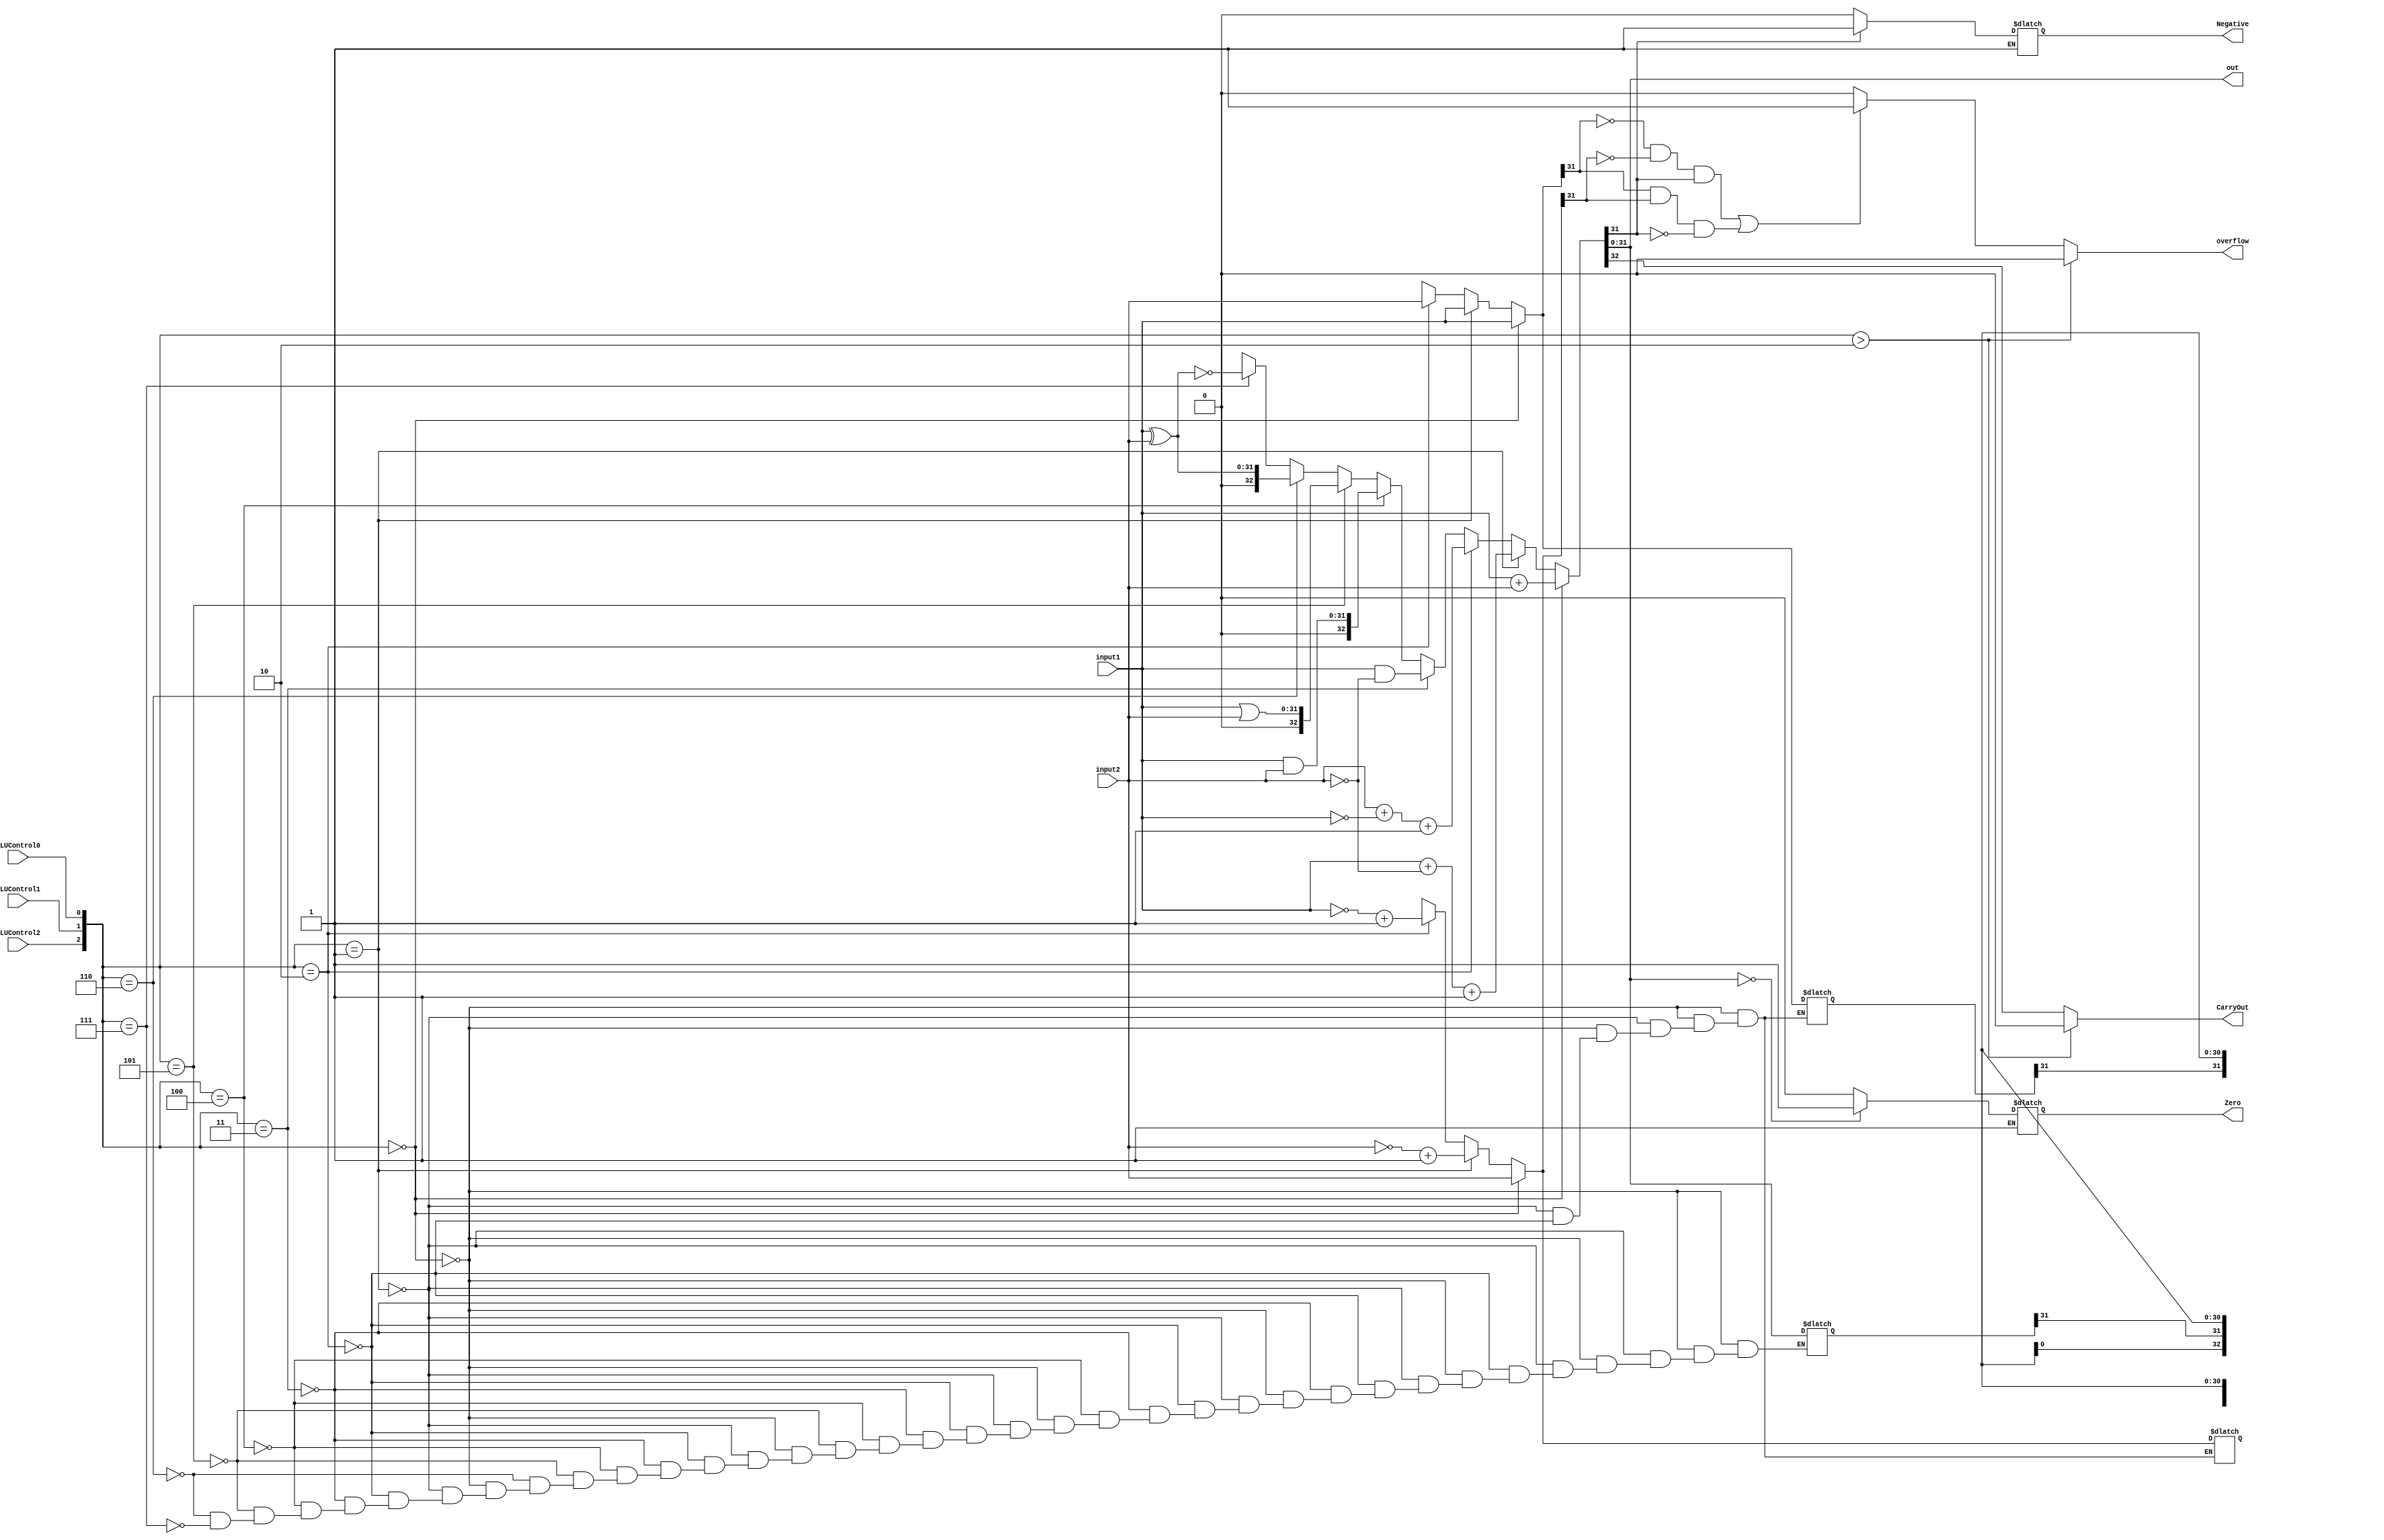
//Mustafa Destegl
//2109973

module ALU #(parameter W=32)(input1, input2, ALUControl2, ALUControl1, ALUControl0, CarryOut, overflow, Negative, Zero, out);
	
	input [W-1:0] input1, input2;
	input ALUControl2, ALUControl1, ALUControl0;	
	output reg [W-1:0] out;
	output reg CarryOut, overflow, Negative, Zero;
	

	reg [W-1:0] opr_1, opr_2;
	reg [W:0] result;
	reg nz_reg, oc_reg;
	
	initial begin
		CarryOut = 0;
		overflow = 0;
		Negative = 0;
		Zero= 0;
		nz_reg = 0;
		oc_reg = 0;
	end
	
	
	always @ (*) 
	begin
		if({ALUControl2,ALUControl1,ALUControl0} > 3'b010) begin
			nz_reg = 1;
			oc_reg = 0;
		end else begin
			nz_reg = 1;
			oc_reg = 1;
		end
		if({ALUControl2,ALUControl1,ALUControl0} == 3'b000) begin
			opr_1 = input1;
			opr_2 = input2;
			result = input1 + input2;
		end else if({ALUControl2,ALUControl1,ALUControl0}== 3'b001) begin
			opr_1 = input1;
			opr_2 = ~input2 + 1'b1; 
			result = input1 + ~input2 + 1'b1;
		end else if({ALUControl2,ALUControl1,ALUControl0} == 3'b010) begin
			opr_1 = input2;
			opr_2 = ~input1 + 1'b1;
			result = input2 + ~input1 + 1'b1;
		end else if({ALUControl2,ALUControl1,ALUControl0} == 3'b011) begin
			result = input1 & ~input2;
		end else if({ALUControl2,ALUControl1,ALUControl0} == 3'b100) begin
			result = input1 & input2;
		end else if({ALUControl2,ALUControl1,ALUControl0} == 3'b101) begin
			result = input1 | input2;
		end else if({ALUControl2,ALUControl1,ALUControl0} == 3'b110) begin
			result = input1 ^ input2;
		end else if({ALUControl2,ALUControl1,ALUControl0} == 3'b111) begin
			result = ~(input1 ^ input2);
		end
	
		if(nz_reg == 1) begin
			if(result[W-1] == 1) begin
				Negative = 1;
			end else begin
				Negative = 0;
			end
			
			if(result[W-1:0] == 0) begin
				Zero = 1;
			end else begin
				Zero = 0;
			end
		end
		
		if(oc_reg == 1) begin
			CarryOut	= result[W];
			overflow = ((opr_1[W-1] == 0 & opr_2[W-1] == 0 & result[W-1] == 1) | (opr_1[W-1] == 1 & opr_2[W-1] == 1 & result[W-1] == 0)) ? 1 : 0; //result[W] ^ result[W-1];
		end else begin
			CarryOut= 0;
			overflow = 0;
		end
	
		out = result[W-1:0];
	end

endmodule